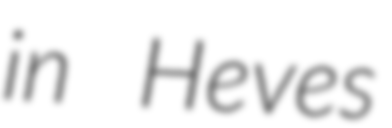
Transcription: in Heves